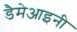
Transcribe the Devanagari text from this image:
डैमेआइनी